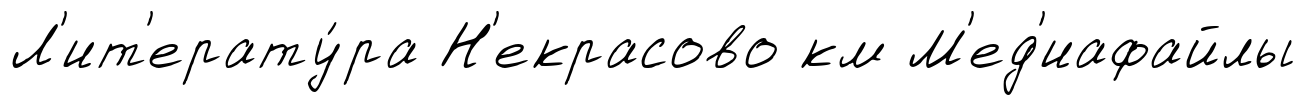
Л'ит'ерату́ра Н'екрасово км М'ед'иафайлы